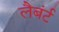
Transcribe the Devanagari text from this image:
लैबंर्ट